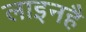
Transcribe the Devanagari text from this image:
लाइनहै